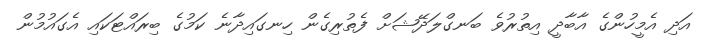
އަދި އެމީހުންގެ އާބާދީ އިތުރުވެ ބަނގްލަދޭޝަށް ފެތުރިގެން ހިނގައިދާނެ ކަމުގެ ބިރައްޓަކައި އެގައުމުން